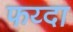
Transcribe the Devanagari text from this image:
फय्दा